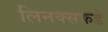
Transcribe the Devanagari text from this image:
लिनक्सकडे